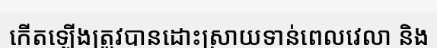
កើតឡើងត្រូវបានដោះស្រាយទាន់ពេលវេលា និង